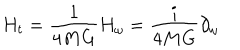
H _ { t } = { \frac { 1 } { 4 M G } } H _ { \omega } = { \frac { i } { 4 M G } } \partial _ { \omega }